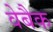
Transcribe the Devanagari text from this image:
वेबैक